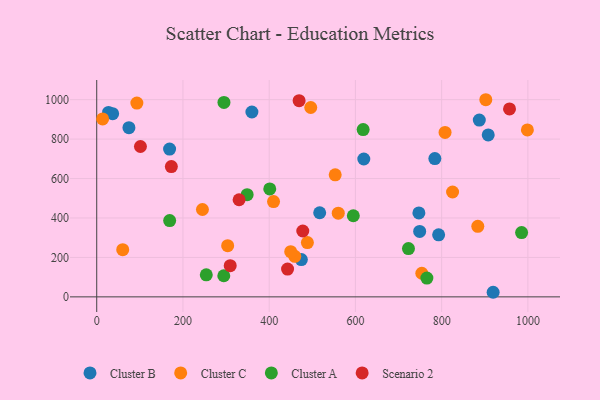
{"axis": {"x": "Price", "y": "Demand"}, "legend": ["Cluster A", "Cluster B", "Cluster C", "Scenario 2"], "data": [{"x": "747.2", "y": 425.6, "type": "Cluster B"}, {"x": "74.7", "y": 857.8, "type": "Cluster B"}, {"x": "749.0", "y": 332.0, "type": "Cluster B"}, {"x": "908.0", "y": 821.3, "type": "Cluster B"}, {"x": "887.3", "y": 896.2, "type": "Cluster B"}, {"x": "169.0", "y": 749.2, "type": "Cluster B"}, {"x": "27.4", "y": 935.3, "type": "Cluster B"}, {"x": "474.6", "y": 189.1, "type": "Cluster B"}, {"x": "619.4", "y": 699.1, "type": "Cluster B"}, {"x": "36.9", "y": 929.1, "type": "Cluster B"}, {"x": "793.0", "y": 314.4, "type": "Cluster B"}, {"x": "359.9", "y": 937.4, "type": "Cluster B"}, {"x": "517.1", "y": 426.4, "type": "Cluster B"}, {"x": "919.4", "y": 23.3, "type": "Cluster B"}, {"x": "784.2", "y": 701.4, "type": "Cluster B"}, {"x": "553.1", "y": 618.6, "type": "Cluster C"}, {"x": "496.4", "y": 960.3, "type": "Cluster C"}, {"x": "459.4", "y": 205.4, "type": "Cluster C"}, {"x": "245.2", "y": 443.1, "type": "Cluster C"}, {"x": "754.0", "y": 119.7, "type": "Cluster C"}, {"x": "883.8", "y": 357.6, "type": "Cluster C"}, {"x": "488.6", "y": 275.4, "type": "Cluster C"}, {"x": "807.9", "y": 833.9, "type": "Cluster C"}, {"x": "13.7", "y": 902.1, "type": "Cluster C"}, {"x": "902.4", "y": 999.6, "type": "Cluster C"}, {"x": "560.2", "y": 424.3, "type": "Cluster C"}, {"x": "93.1", "y": 982.6, "type": "Cluster C"}, {"x": "449.9", "y": 229.1, "type": "Cluster C"}, {"x": "303.7", "y": 259.8, "type": "Cluster C"}, {"x": "60.3", "y": 239.4, "type": "Cluster C"}, {"x": "825.3", "y": 531.8, "type": "Cluster C"}, {"x": "410.1", "y": 483.1, "type": "Cluster C"}, {"x": "998.8", "y": 846.3, "type": "Cluster C"}, {"x": "595.1", "y": 411.4, "type": "Cluster A"}, {"x": "401.3", "y": 547.4, "type": "Cluster A"}, {"x": "254.1", "y": 111.7, "type": "Cluster A"}, {"x": "723.0", "y": 244.7, "type": "Cluster A"}, {"x": "294.7", "y": 107.2, "type": "Cluster A"}, {"x": "169.2", "y": 386.9, "type": "Cluster A"}, {"x": "348.9", "y": 518.3, "type": "Cluster A"}, {"x": "617.9", "y": 848.5, "type": "Cluster A"}, {"x": "295.1", "y": 986.1, "type": "Cluster A"}, {"x": "985.4", "y": 326.0, "type": "Cluster A"}, {"x": "765.7", "y": 95.1, "type": "Cluster A"}, {"x": "469.4", "y": 994.8, "type": "Scenario 2"}, {"x": "309.6", "y": 158.0, "type": "Scenario 2"}, {"x": "101.4", "y": 762.4, "type": "Scenario 2"}, {"x": "330.2", "y": 492.5, "type": "Scenario 2"}, {"x": "442.6", "y": 141.0, "type": "Scenario 2"}, {"x": "957.4", "y": 953.1, "type": "Scenario 2"}, {"x": "477.9", "y": 334.1, "type": "Scenario 2"}, {"x": "173.1", "y": 660.5, "type": "Scenario 2"}]}